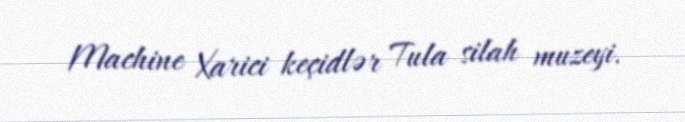
Machine Xarici keçidlər Tula silah muzeyi.